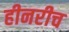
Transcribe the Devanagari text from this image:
हीनरीच